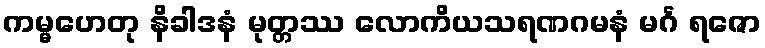
ကမ္မဟေတု နိခါဒနံ မုတ္တဿ လောကိယသရဏဂမနံ မင်္ဂ ရဇော